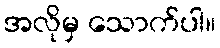
အလိုမှ သောက်ပါ။